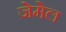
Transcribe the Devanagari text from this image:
जेमेल